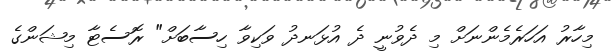
މިހާރު އަހަރެމެންނަށް މި ދެވުނީ ދެ އުޅަނދު ވަކިވާ ހިސާބަށް" ރޮސެޓާ މިޝަންގެ